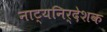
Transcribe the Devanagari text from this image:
नाट्यनिर्देशक